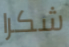
شكرا